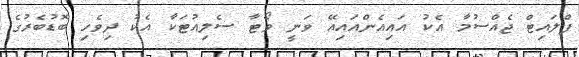
ފްލައިޓް ޖެއްސުމާ އެކު އައިއެންއައިއޭ ވަނީ ވޯޓާ ސެލިއުޓަކާ އެކު ދިވެހި ބޮޑުބެރުގެ